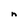
Character: n